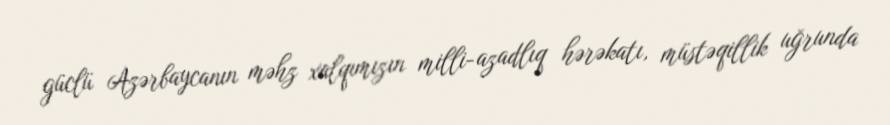
güclü Azərbaycanın məhz xalqımızın milli-azadlıq hərəkatı, müstəqillik uğrunda